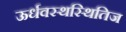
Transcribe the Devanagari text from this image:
ऊर्धवस्थस्थितिज